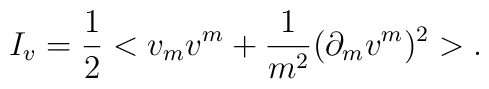
I_v = \frac{1}{2}< v_m v^m + \frac{1}{m^2}(\partial_m v^m)^2 >.